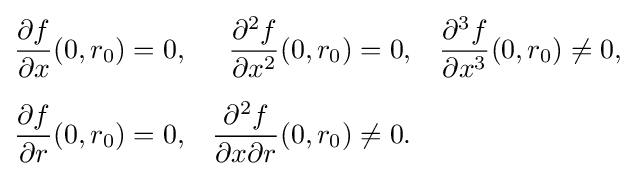
{\begin{aligned}{\frac {\partial f}{\partial x}}(0,r_{0})&=0,&{\frac {\partial ^{2}f}{\partial x^{2}}}(0,r_{0})&=0,&{\frac {\partial ^{3}f}{\partial x^{3}}}(0,r_{0})&\neq 0,\\[5pt]{\frac {\partial f}{\partial r}}(0,r_{0})&=0,&{\frac {\partial ^{2}f}{\partial x\partial r}}(0,r_{0})&\neq 0.\end{aligned}}